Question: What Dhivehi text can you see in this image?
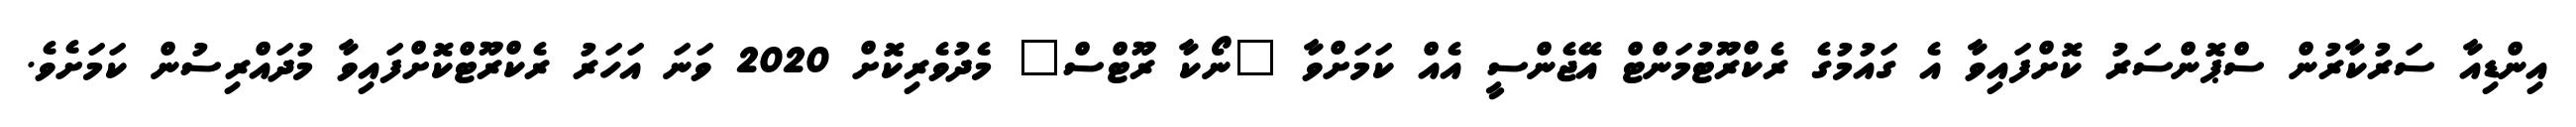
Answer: އިންޑިއާ ސަރުކާރުން ސްޕޮންސަރު ކޮށްފައިވާ އެ ގައުމުގެ ރެކްރޫޓުމަންޓް އޭޖެންސީ އެއް ކަމަށްވާ "ނޯކާ ރޫޓްސް" މެދުވެރިކޮށް 2020 ވަނަ އަހަރު ރެކްރޫޓްކޮށްފައިވާ މުދައްރިސުން ކަމަށެވެ.